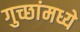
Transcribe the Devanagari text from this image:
गुच्छांमध्ये